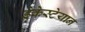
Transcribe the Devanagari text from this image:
ड्रेकेस्टेयान